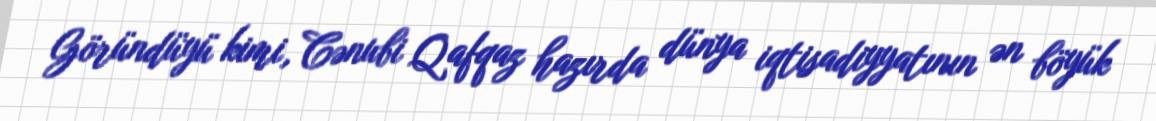
Göründüyü kimi, Cənubi Qafqaz hazırda dünya iqtisadiyyatının ən böyük